Statistical return of the lunatic asylum in Assam - 1912-1932
Year: 1912
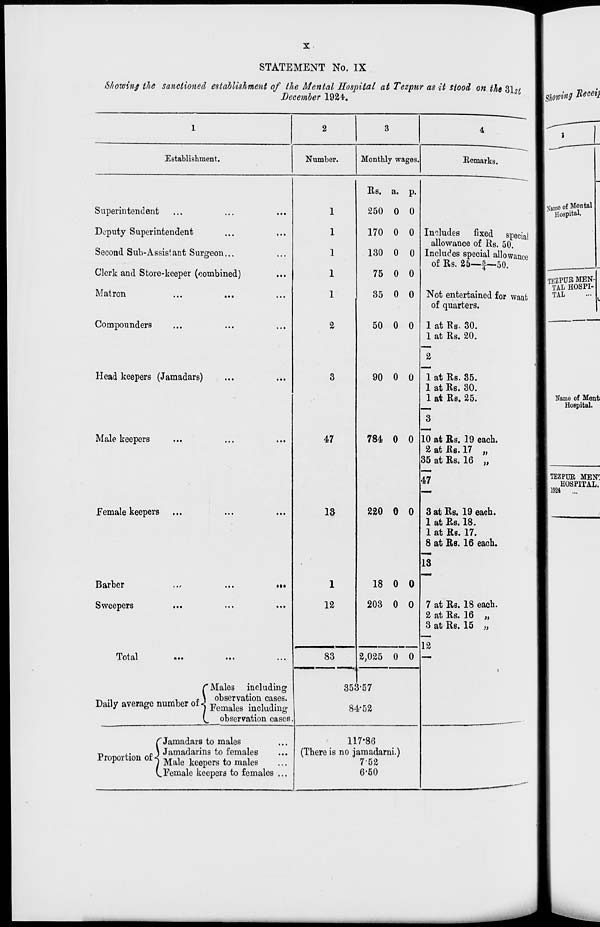
STATEMENT No. IX
Showing the sanctioned establishment, of the Mental Hospital at Tezpnr as it stood on the Z\st
December 192*.
Establishment.
Number.
Superintendent
Deputy Superintendent
Second Sub-Assist ant Surgeon...
Clerk and Store-keeper (combined)
Matron
Compounders
Head keepers (Jamadars)
Male keepers
Female keepers
Barber
Sweepers
•i*
Total
r Males including
_ .,
,
n \ observation cases.
Daily average number of j Femaleg ^c ludiug
V. observation cases.
f Jamadars to males
■o
i.«
ss\ Jamadarins to females
Proportion of j Ma]e keflpops to maleg
(..Female keepers to females ...
2
47
is
l
12
Monthly wages.
Kemarks
83
Rs. a. p.
250 0 0
170 0 0
130 0 0
75 0 0
35 0 0
50 0 0
90 0 0
784 0 0
220 0 0
18 0 0
203 0 0
2,025 0 0
Includes fixed special
allowance of Rs. 50.
Includes special allowance
of Rs. 25—f—50.
Not entertained for want
of quarters.
1 at Rs- 30.
1 at Rs. 20.
2
1 at Rs. 35.
1 at Rs. 30.
1 at Rs. 25.
10 at Rs. 19 each.
2 at Rs. 17
35 at Rs. 16
))
)>
47
3 at Rs. 19 each.
1 at Rs. 18.
1 at Rs. 17.
8 at Rs. 16 each.
13
7 at Rs. 18 each.
2 at Rs. 16 „
3 at Rs. 15 „
12
353-57
84*52
117*86
(There is no jamadarni.)
752
6-50